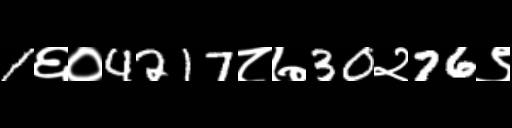
Text: 1६०4217८७30२76९